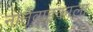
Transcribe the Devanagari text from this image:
नातेवाइकाला